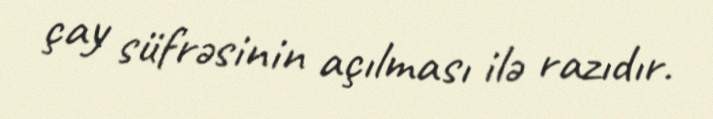
çay süfrəsinin açılması ilə razıdır.